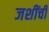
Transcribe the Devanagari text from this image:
जशींची